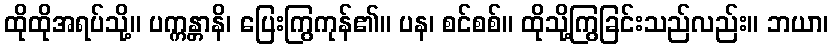
ထိုထိုအရပ်သို့။ ပက္ကန္တာနိ၊ ပြေးကြွကုန်၏။ ပန၊ စင်စစ်။ ထိုသို့ကြွခြင်းသည်လည်း။ ဘယာ၊